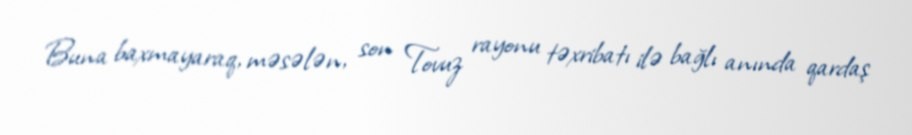
Buna baxmayaraq, məsələn, son Tovuz rayonu təxribatı ilə bağlı anında qardaş